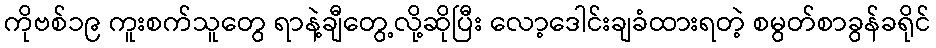
ကိုဗစ်၁၉ ကူးစက်သူတွေ ရာနဲ့ချီတွေ့လို့ဆိုပြီး လော့ဒေါင်းချခံထားရတဲ့ စမွတ်စာခွန်ခရိုင်